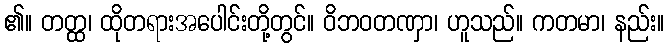
၏။ တတ္ထ၊ ထိုတရားအပေါင်းတို့တွင်။ ဝိဘဝတဏှာ၊ ဟူသည်။ ကတမာ၊ နည်း။